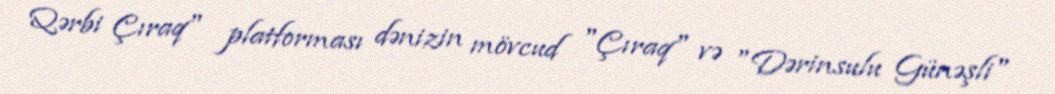
Qərbi Çıraq" platforması dənizin mövcud "Çıraq" və "Dərinsulu Günəşli"